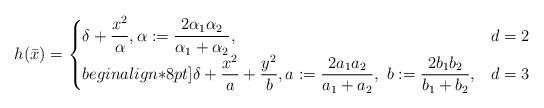
LaTeX: \begin{align*} h(\bar{x})=\begin{cases}\displaystyle \delta+\frac{x^2}{\alpha}, \alpha:=\frac{2\alpha_1\alpha_2}{\alpha_1+\alpha_2}, & d=2\\begin{align*}8pt]\displaystyle \delta+\frac{x^2}{a}+\frac{y^2}{b}, a:=\frac{2a_1a_2}{a_1+a_2},~ b:=\frac{2b_1b_2}{b_1+b_2}, & d=3\end{cases}\end{align*}